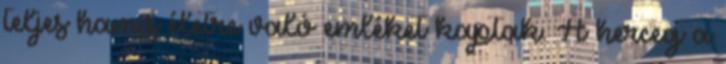
teljes hamis életre való emléket kaptak. A herceg a